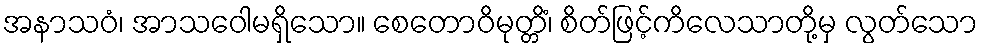
အနာသဝံ၊ အာသဝေါမရှိသော။ စေတောဝိမုတ္တိံ၊ စိတ်ဖြင့်ကိလေသာတို့မှ လွတ်သော